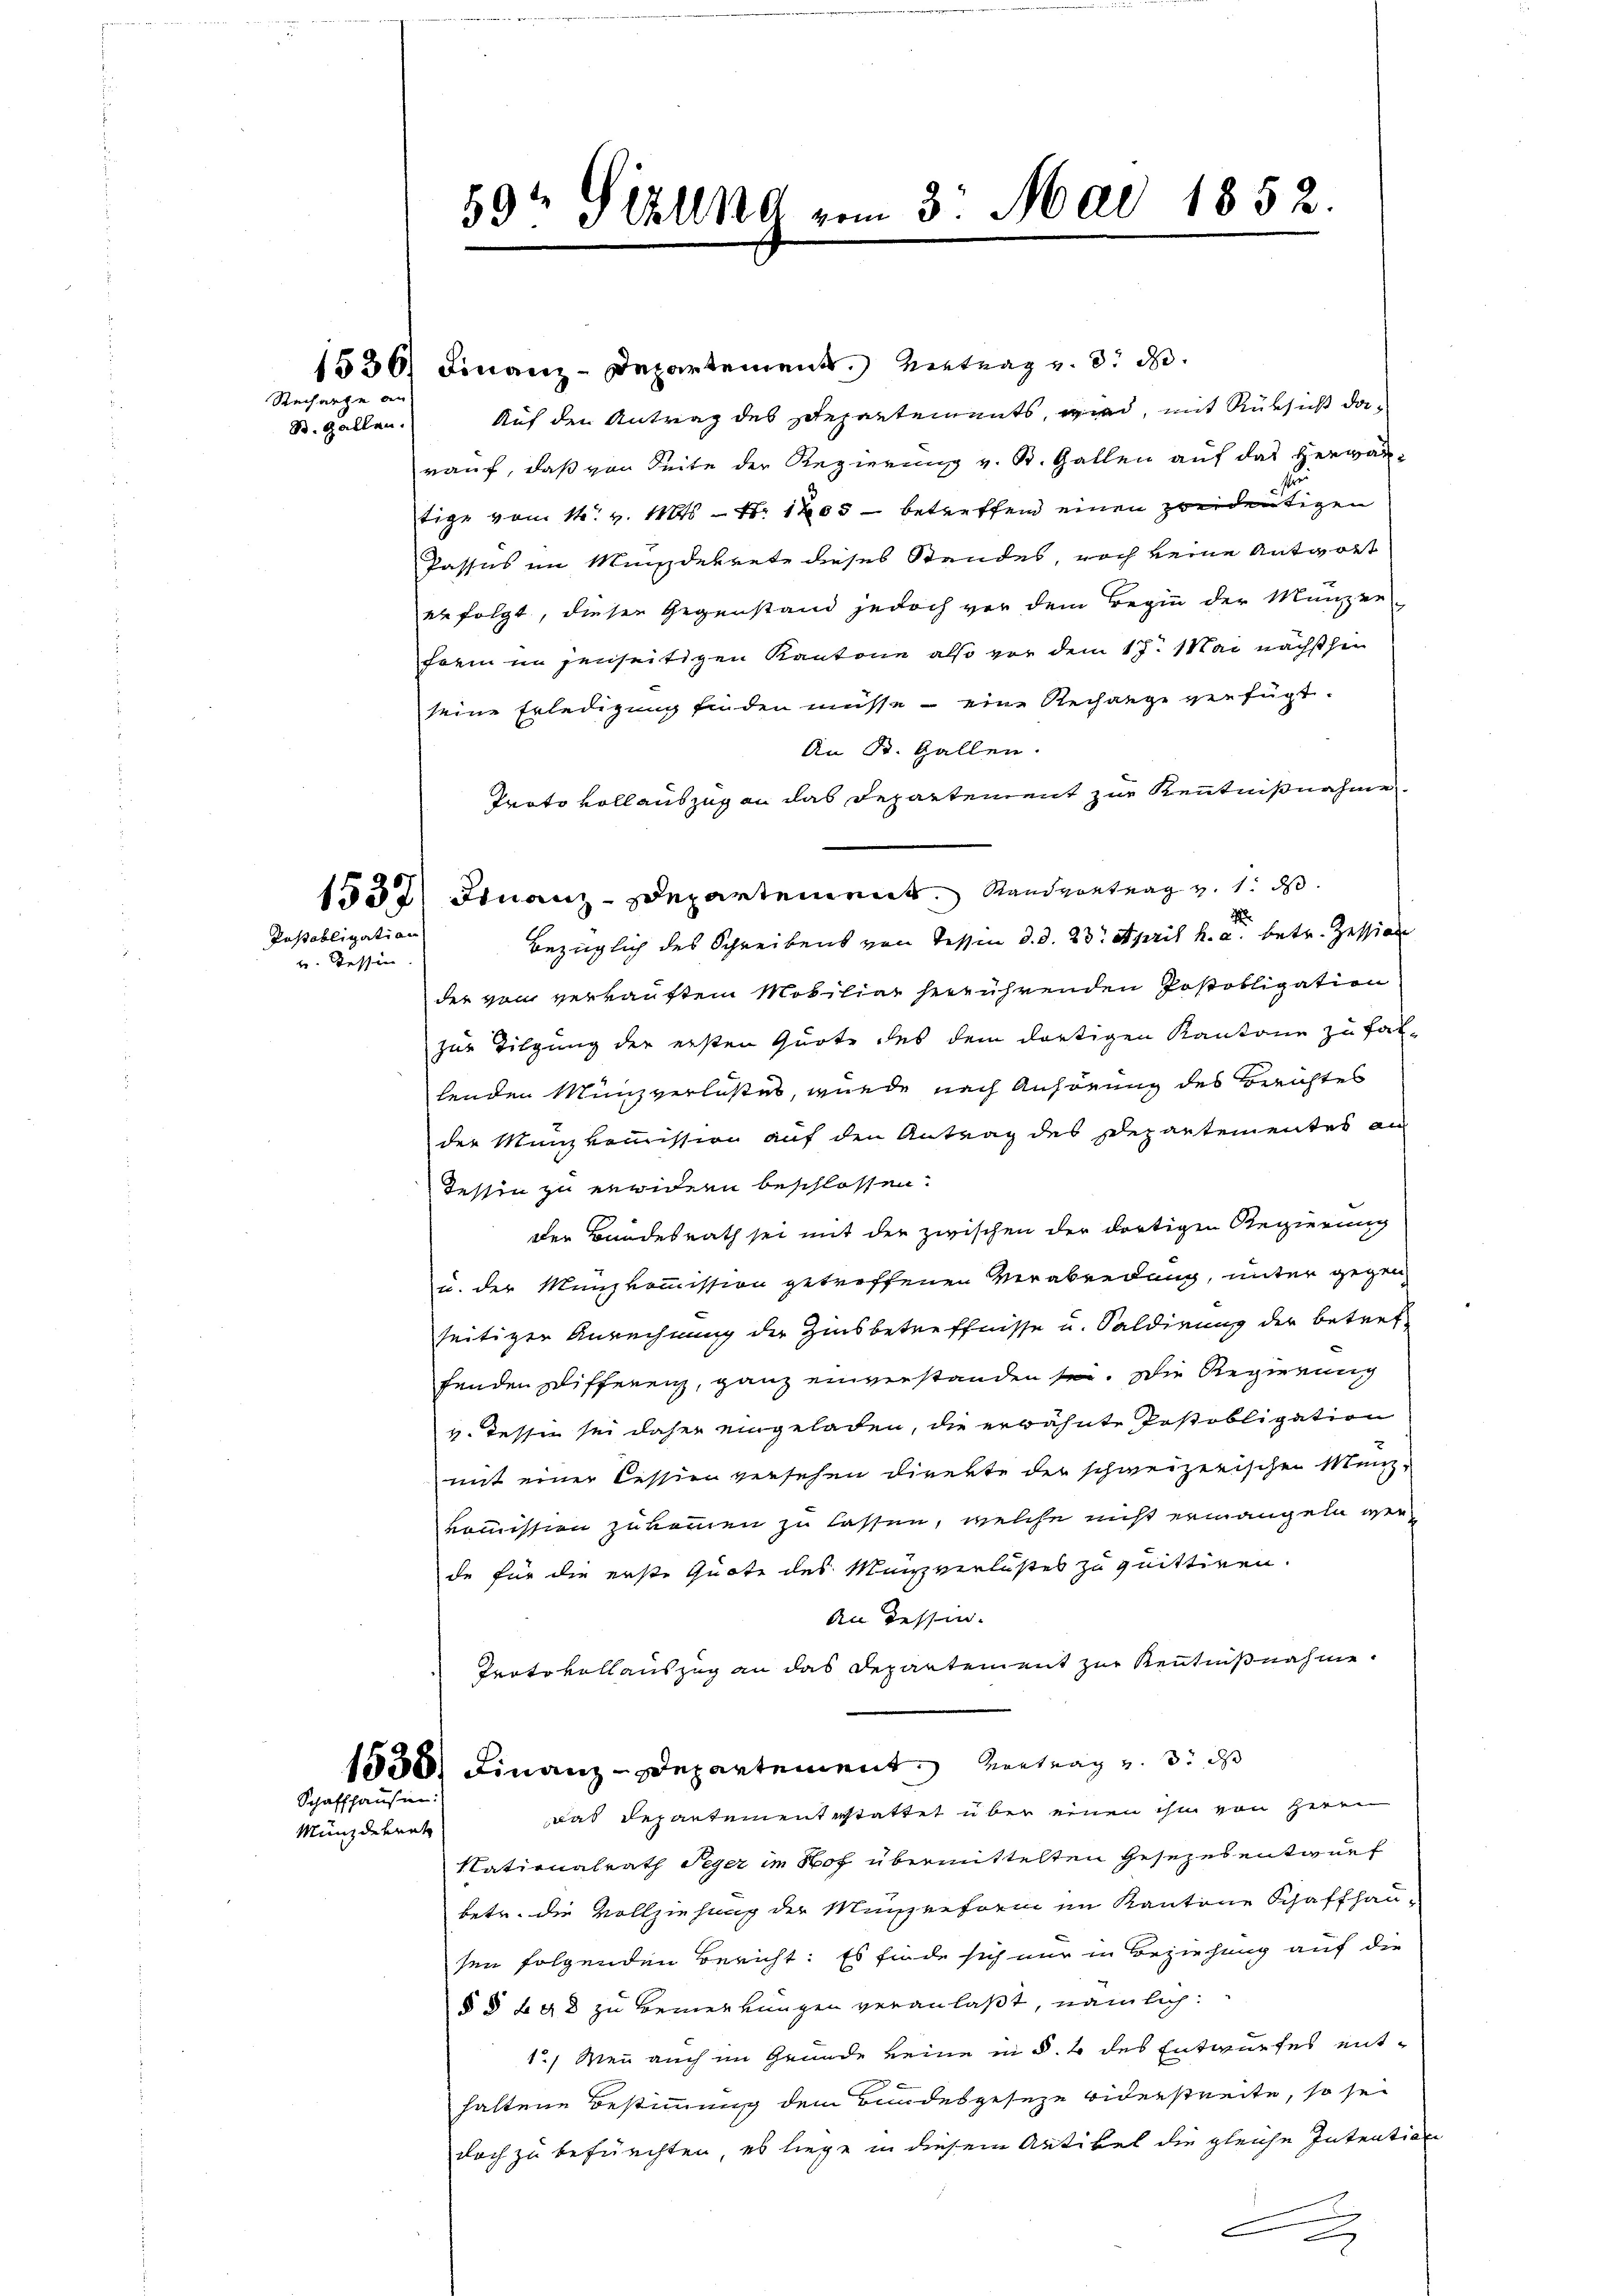
Rechnete an
S. Gallen.

Testabligation
Tessin

Schaffhausen:
Münzdekret

59 Stkling vom 3. Mai 1852.

1530) Finanz-Departement. Vertrag v. 3. d.
Auf den Antrag des Departements, wird, mit Rüksicht darauf, daß von Seite der Regierung v. St. Gallen auf das Herwan-
tige vom 14. v. 1815 — N: 1205 – betreffend einen zweideutigen
Passus im Mindekrete dieses Standes noch keine Antwort
erfolgt, diesen Gegenstand jedoch vor dem Begin der Münzer-
form in jenseitigen Kantone also vor dem 17. Mai nächsther
seine Erledigung finden müsse - eine Rechange verfügt:
An R. Gallen.
Proto vollauszug an das Departement zur Kenntnißnahme
1552 Finanz-Departement. Sandvortrag v. 1. ds.
1
bezüglich des Schreibens von Tessin d. d. 23. April h. a. betr. Zession
der von verkauftem Mobiliar herrührenden Postobligation
zur Tilgung der ersten Quote des dem dortigen Kantone zu falhenden Münzverlaßes, wurde nach Anhörung des Berichtes
der Münzkommission auf den Antrag des Departementes an
Tessin zu erwidern beschlossen.
der Bundesrath sei mit der zwischen der dortigen Regierung
u. der Münzkommission getroffene Verabredung, unter gegen
seitiger Anrechnung der Zinsbetreffnisse u. Saldirung der betreffenden Differenz, ganz einverstanden sei. Die Regierung
v. Tessin sei daher eingeladen, die erwähnte Posobligation
mit einer Cession versehen direkte der schweizerischen Münz-
kommission zukommen zu lassen, welche nicht ermangeln werde für die erste Quote des Manzverlustes zu quittiren.
An dessen.
Protokollauszug an das Departement zur Kenntnißnahme.
1830) Finanz-Departement entrag und 3. ds
das Departementestattet über einen ihm von Herrn
Nationalrath Seger im Hof übermittelten Gesezes entwurf
betr. die Vollziehung der Münzreform im Kantone Schaffhau-
sen folgenden Bericht. Es finde sich nur in Beziehung auf die
§ § 298 zu Bemerkungen veranlaßt, nämlich:
1) Wenn auch im Grunde keine in §. 4 des Entwurfes ent-
haltene Bestimmung dem Bundesgeseze widerstreite, so sei
doch zu befürchten, es liege in diesem Artikel die gleiche Intention
A